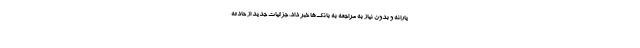
یارانه و بدون نیاز به مراجعه به بانک‌ها خبر داد. جزئیات جدید از حادثه